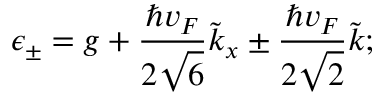
\epsilon _ { \pm } = g + \frac { \hbar v _ { F } } { 2 \sqrt { 6 } } \tilde { k } _ { x } \pm \frac { \hbar v _ { F } } { 2 \sqrt { 2 } } \tilde { k } ;